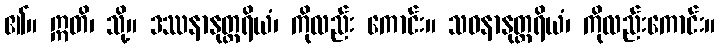
၏။ ဣတိ၊ သို့။ ဒဿနာနုတ္တရိယံ၊ ကိုလည်း ကောင်း။ သဝနာနုတ္တရိယံ၊ ကိုလည်းကောင်း။